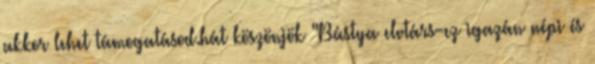
akkor lehet támogatásod.hát köszönjök "Bástya elvtárs-ez igazán népi és